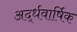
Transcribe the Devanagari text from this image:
अर्द्धवार्षिक